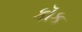
કૉક